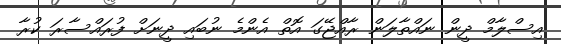
އިސްލާމް ދީން ނައްތާލަން ރާއްޖޭގަ އޮތް އެންމެ ނުބައި ދީނަށް ފުރައްސާރަ ކުރާ